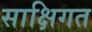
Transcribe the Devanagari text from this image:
साक्षिगत